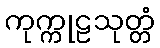
ကုက္ကုဠသုတ္တံ